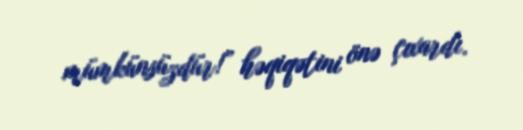
mümkünsüzdür!” həqiqətini önə çıxardı.